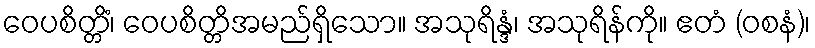
ဝေပစိတ္တိံ၊ ဝေပစိတ္တိအမည်ရှိသော။ အသုရိန္ဒံ၊ အသုရိန်ကို။ ဧတံ (ဝစနံ)၊